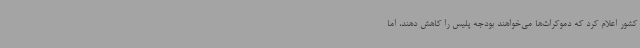
کشور اعلام کرد که دموکرات‌ها می‌خواهند بودجه‌ پلیس را کاهش دهند، اما